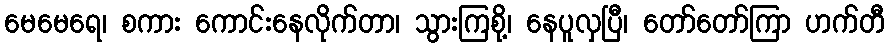
မေမေရေ၊ စကား ကောင်းနေလိုက်တာ၊ သွားကြစို့၊ နေပူလှပြီ၊ တော်တော်ကြာ ဟက်တီ